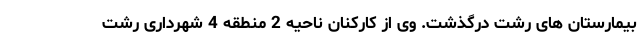
بیمارستان های رشت درگذشت. وی از کارکنان ناحیه 2 منطقه 4 شهرداری رشت